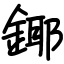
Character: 鎁